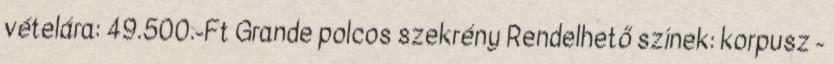
vételára: 49.500.-Ft Grande polcos szekrény Rendelhető színek: korpusz -